Code of medical and sanitary regulations for the guidance of medical officers serving in the Madras Presidency - Volume I
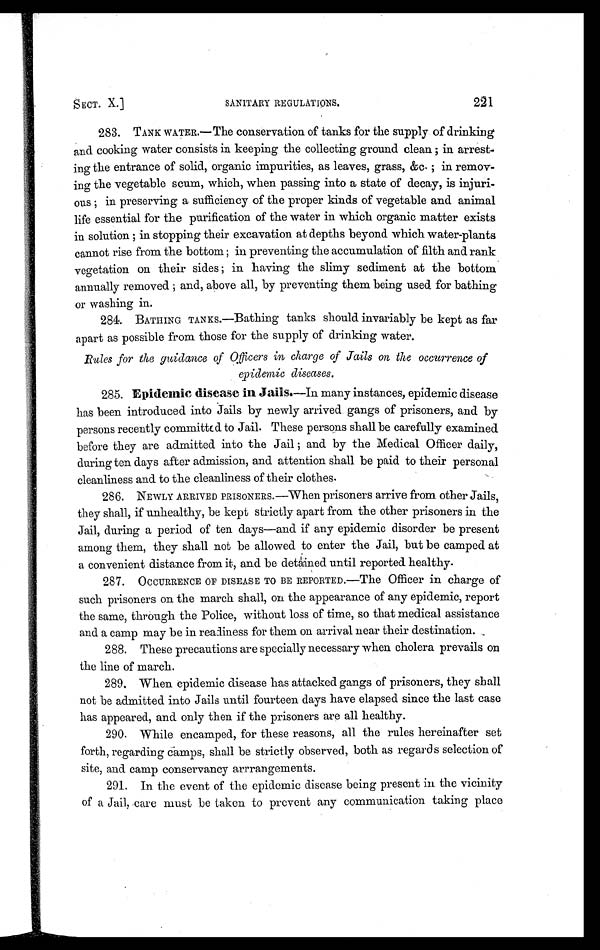
SECT. X.]
SANITARY REGULATIONS.
221
283. TANK WATER.— The conservation of tanks for the supply of drinking
and cooking water consists in keeping the collecting ground clean ; in arrest-
ing the entrance of solid, organic impurities, as leaves, grass, &c. ; in remov-
ing the vegetable scum, which, when passing into a state of decay, is injuri-
ous ; in preserving a sufficiency of the proper kinds of vegetable and animal
life essential for the purification of the water in which organic matter exists
in solution ; in stopping their excavation at depths beyond which water-plants
cannot rise from the bottom ; in preventing the accumulation of filth and rank
vegetation on their sides ; in having the slimy sediment at the bottom
annually removed ; and, above all, by preventing them being used for bathing
or washing in.
284. BATHING TANKS.—Bathing tanks should invariably be kept as far
apart as possible from those for the supply of drinking water.
Rules for the guidance of Officers in charge of Tails on the occurrence of
epidemic diseases.
285. Epidemic disease in Jails. —In many instances, epidemic disease
has been introduced into Jails by newly arrived gangs of prisoners, and by
persons recently committed to Jail. These persons shall be carefully examined
before they are admitted into the Jail ; and by the Medical Officer daily,
during ten days after admission, and attention shall be paid to their personal
cleanliness and to the cleanliness of their clothes.
286. NEWLY ARRIVED PRISONERS.—When prisoners arrive from other Jails,
they shall, if unhealthy, be kept strictly apart from the other prisoners in the
Jail, during a period of ten days—and if any epidemic disorder be present
among them, they shall not be allowed to enter the Jail, but be camped at
a convenient distance from it, and be detained until reported healthy.
287. OCCURRENCE OF DISEASE TO BE REPORTED.—The Officer in charge of
such prisoners on the march shall, on the appearance of any epidemic, report
the same, through the Police, without loss of time, so that medical assistance
and a camp may be in realiness for them on arrival near their destination.
268. These precautions are specially necessary when cholera prevails on
the line of march.
289. When epidemic disease has attacked gangs of prisoners, they shall
not be admitted into Jails until fourteen days have elapsed since the last case
has appeared, and only then if the prisoners are all healthy.
290. While encamped, for these reasons, all the rules hereinafter set
forth, regarding camps, shall be strictly observed, both as regards selection of
site, and camp conservancy arrrangements.
291. In the event of the epidemic disease being present in the vicinity
of a Jail, care must be taken to prevent any communication taking place